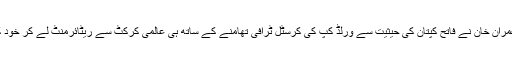
چالیس سالہ عمران خان نے فاتح کپتان کی حیثیت سے ورلڈ کپ کی کرسٹل ٹرافی تھامنے کے ساتھ ہی عالمی کرکٹ سے ریٹائرمنٹ لے کر خود کو امر کر لیا۔